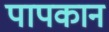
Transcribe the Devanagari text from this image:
पापकान